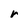
Character: r